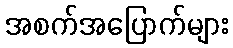
အစက်အပြောက်များ